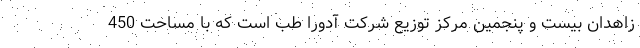
زاهدان بیست و پنجمین مرکز توزیع شرکت آدورا طب است که با مساحت 450